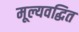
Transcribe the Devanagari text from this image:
मूल्यवद्धित